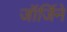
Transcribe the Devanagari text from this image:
जॉर्जिने